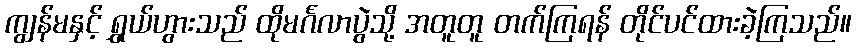
ကျွန်မနှင့် ရွှယ်ဟွားသည် ထိုမင်္ဂလာပွဲသို့ အတူတူ တက်ကြရန် တိုင်ပင်ထားခဲ့ကြသည်။